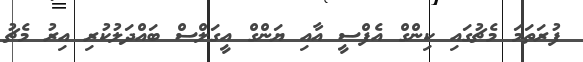
ފުރަތަމަ މެޗުގައި ކިންގް އެފްސީ އާއި ޔަންގް އީގަލްސް ބައްދަލުކުރި އިރު މެޗު